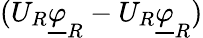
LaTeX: (U_{R}\underline{{\varphi}}_{R}-U_{R}\underline{{\varphi}}_{R})